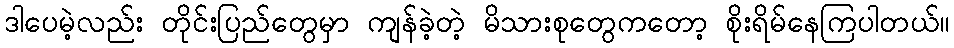
ဒါပေမဲ့လည်း တိုင်းပြည်တွေမှာ ကျန်ခဲ့တဲ့ မိသားစုတွေကတော့ စိုးရိမ်နေကြပါတယ်။